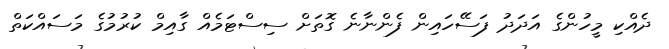
ދެއްކި މީހުންގެ އަދަދު ފަސޭހައިން ފެންނާނެ ގޮތަށް ސިސްޓަމެއް ގާއިމް ކުރުމުގެ މަސައްކަތް